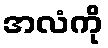
အလံကို